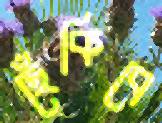
ছেঁকিবে